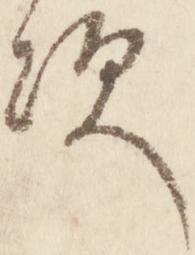
次